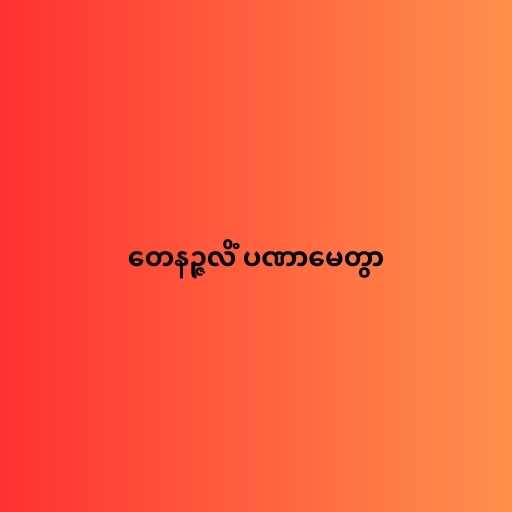
တေနဉ္ဇလိံ ပဏာမေတွာ